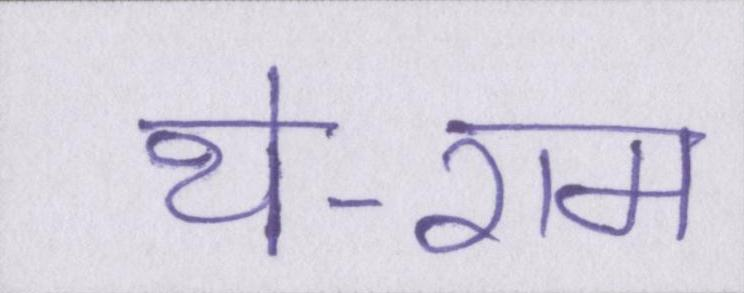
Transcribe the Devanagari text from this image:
थे-राम